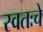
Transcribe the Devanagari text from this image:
स्वतःचे